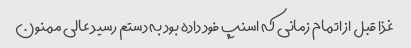
غذا قبل از اتمام زمانی که اسنپ فود داده بود به دستم رسید عالی ممنون